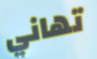
تهاني